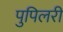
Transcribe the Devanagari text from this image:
पुपिलरी